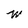
Character: W